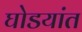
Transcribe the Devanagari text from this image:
घोडयांत